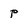
Character: p